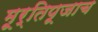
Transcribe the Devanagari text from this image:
मूर्तिपूजाच